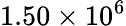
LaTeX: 1.50\times 10^{6}